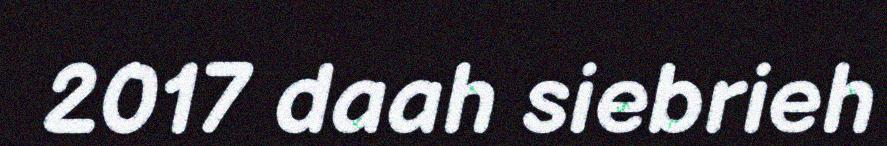
2017 daah siebrieh